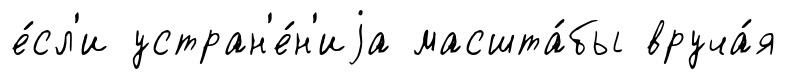
е́сл'и устран'е́н'иjа масшта́бы вруча́я